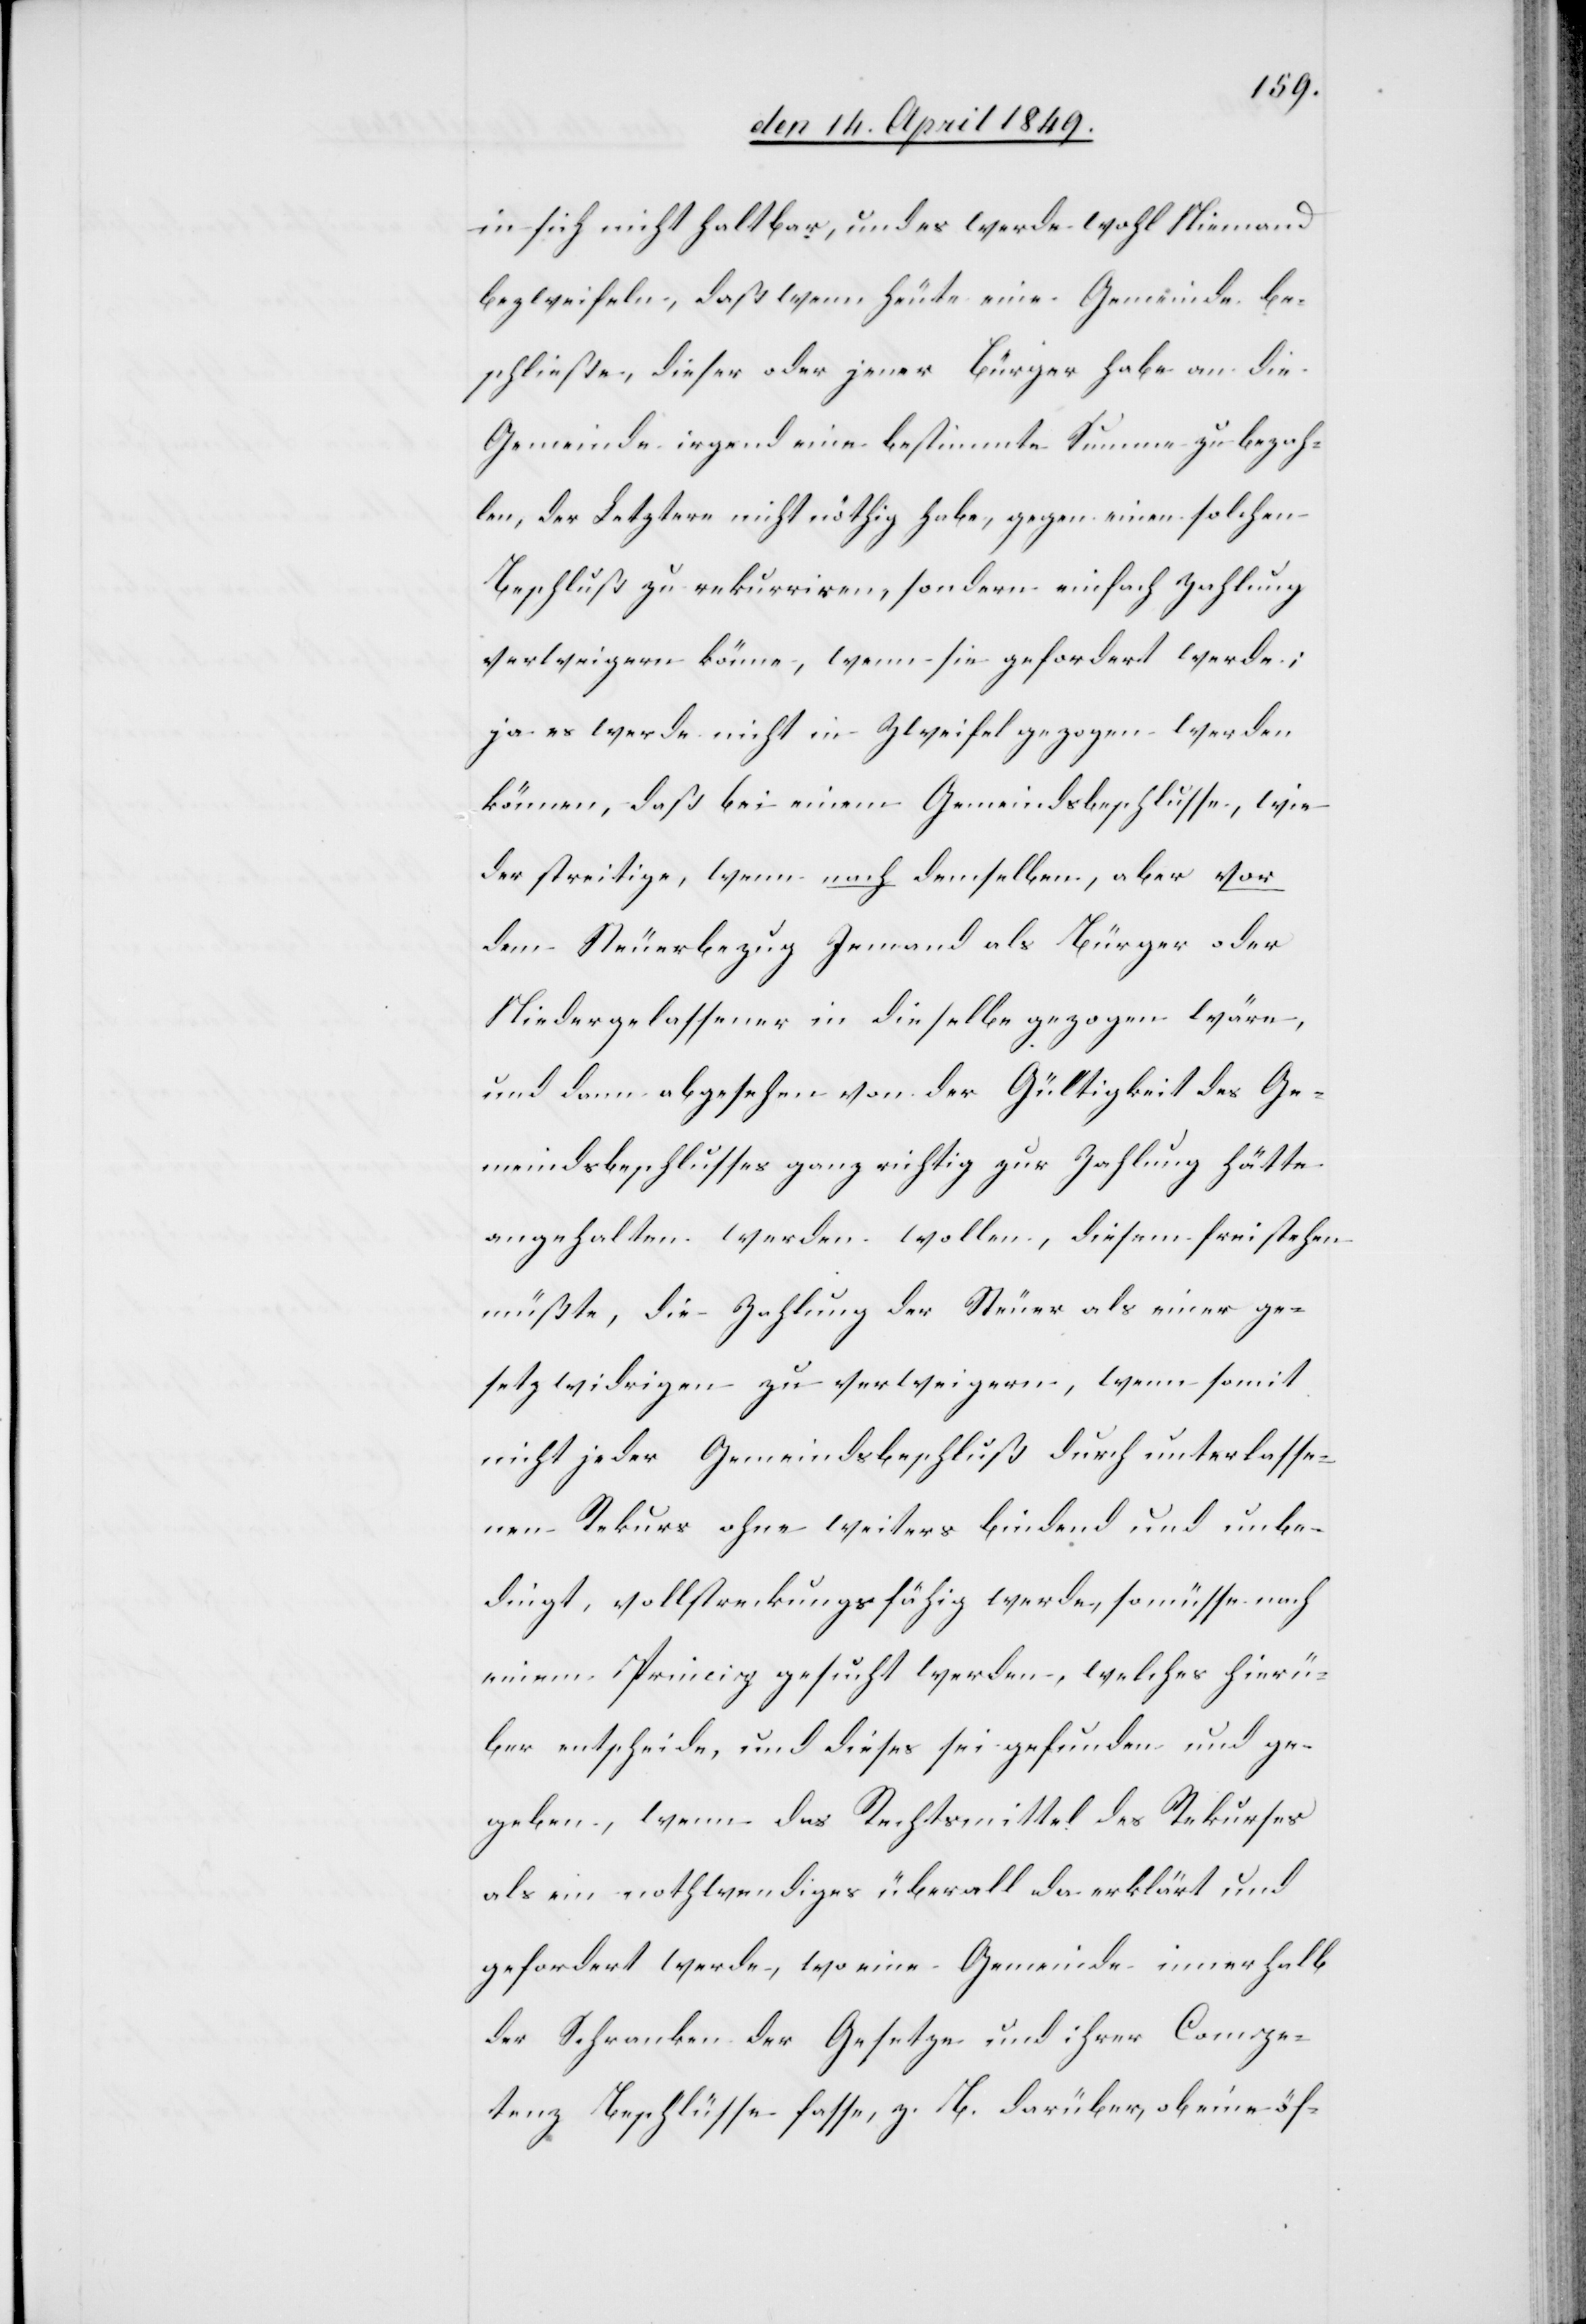
in sich nicht haltbar, und es werde wohl Niemand
bezweifeln, daß wenn heute eine Gemeinde be¬
schließe, dieser oder jener Bürger habe an die
Gemeinde irgend eine bestimmte Summe zu bezah¬
len, der Letztere nicht nöthig habe, gegen einen solchen
Beschluß zu rekurriren, sondern einfach Zahlung
verweigern könne, wenn sie gefordert werde;
ja es werde nicht in Zweifel gezogen werden
können, daß bei einem Gemeindsbeschlusse, wie
der streitige, wenn nach demselben, aber vor
dem Steuerbezug Jemand als Bürger oder
Niedergelassener in dieselbe gezogen wäre,
und dann abgesehen von der Gültigkeit des Ge¬
meindsbeschlusses ganz richtig zur Zahlung hätte
angehalten werden wollen, diesem freistehen
müßte, die Zahlung der Steuer als einer ge¬
setzwidrigen zu verweigern, wenn somit
nicht jeder Gemeindsbeschluß durch unterlasse¬
nen Rekurs ohne weiters bindend und unbe¬
dingt, vollstreckungsfähig werde, so müsse nach
einem Princip gesucht werden, welches hierü¬
ber entscheide, und dieses frei gefunden und ge¬
geben, wenn das Rechtsmittel des Rekurses
als ein nothwendiges überall da erklärt und
gefordert werde, wo eine Gemeinde innerhalb
der Schranken der Gesetze und ihrer Compe¬
tenz Beschlüsse fasse, z. B. darüber, ob eine öf-